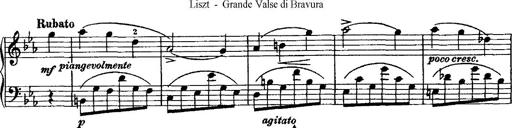
Title: Grande valse di bravura
Composer: Franz Liszt